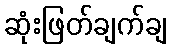
ဆုံးဖြတ်ချက်ချ